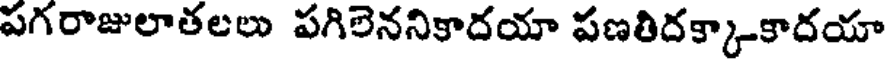
పగరాజులాతలలు పగిలెననికాదయా పణతిదక్కాకాదయా